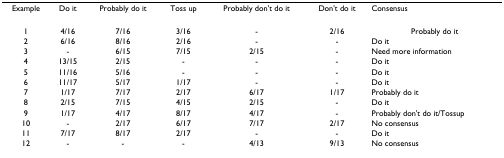
| Example | Do it | Probably do it | Toss up | Probably don't do it | Don't do it | Consensus |
 | --- | --- | --- | --- | --- | --- | --- |
 | 1 | 4/16 | 7/16 | 3/16 | - | 2/16 | Probably do it |
 | 2 | 6/16 | 8/16 | 2/16 | - | - | Do it |
 | 3 | - | 6/15 | 7/15 | 2/15 | - | Need more information |
 | 4 | 13/15 | 2/15 | - | - | - | Do it |
 | 5 | 11/16 | 5/16 | - | - | - | Do it |
 | 6 | 11/17 | 5/17 | 1/17 | - | - | Do it |
 | 7 | 1/17 | 7/17 | 2/17 | 6/17 | 1/17 | Probably do it |
 | 8 | 2/15 | 7/15 | 4/15 | 2/15 | - | Do it |
 | 9 | 1/17 | 4/17 | 8/17 | 4/17 | - | Probably don't do it/Tossup |
 | 10 | - | 2/17 | 6/17 | 7/17 | 2/17 | No consensus |
 | 11 | 7/17 | 8/17 | 2/17 | - | - | Do it |
 | 12 | - | - | - | 4/13 | 9/13 | No consensus |